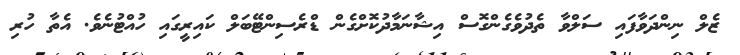
ޒެލް ނިންދަވާފައި ސަލްވާ ތެދުވެގެންގޮސް އިޝާނަމާދުކޮށްގެން ޑްރެސިންޓޭބަލް ކައިރީގައި ހުއްޓުނެވެ. އެތާ ހުރި